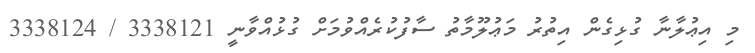
މި އިޢުލާނާ ގުޅިގެން އިތުރު މަޢުލޫމާތު ސާފުކުރެއްވުމަށް ގުޅުއްވާނީ 3338121 / 3338124